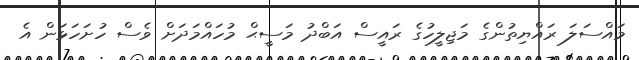
މައްސަލަ ރައްޔިތުންގެ މަޖިލީހުގެ ރައީސް އަބްދު މަސީޙް މުހައްމަދަށް ވެސް ހުށަހަޅަން އެ